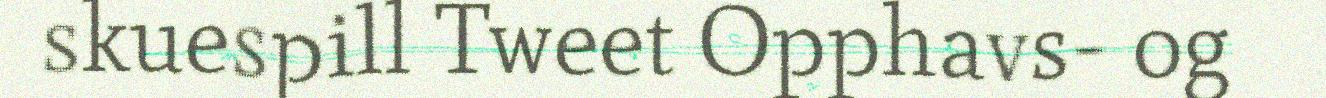
skuespill Tweet Opphavs- og